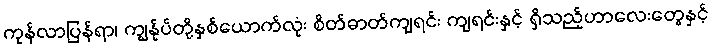
ကုန်လာပြန်ရာ၊ ကျွန်ုပ်တို့နှစ်ယောက်လုံး စိတ်ဓာတ်ကျရင်း ကျရင်းနှင့် ရှိသည့်ဟာလေးတွေနှင့်